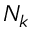
N _ { k }